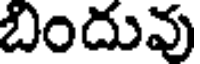
బిందువు